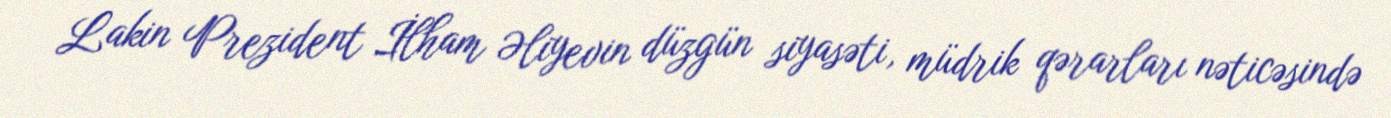
Lakin Prezident İlham Əliyevin düzgün siyasəti, müdrik qərarları nəticəsində